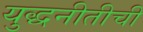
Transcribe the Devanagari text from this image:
युद्धनीतीची